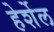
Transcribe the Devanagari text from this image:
हेर्शेल